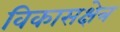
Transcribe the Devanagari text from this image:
विकासक्षेत्र